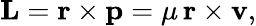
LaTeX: \mathbf{L}=\mathbf{r}\times\mathbf{p}=\mu\, \mathbf{r}\times\mathbf{v},